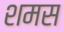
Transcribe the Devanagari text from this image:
शमस